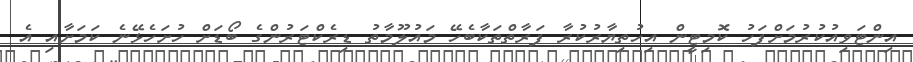
އިންޓަވިއުކުރުމަށްފަހު ކޮމިޓީން އިހުތިޔާރުކުރާ ފަރާތްތަކާބެހޭ މައުލޫމާތު ޑިރެކްޓަރުންގެ ބޯޑަށް ހުށަހެޅޭނެ ކަމަށާއި އެ